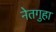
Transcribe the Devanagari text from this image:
नेतगुहा